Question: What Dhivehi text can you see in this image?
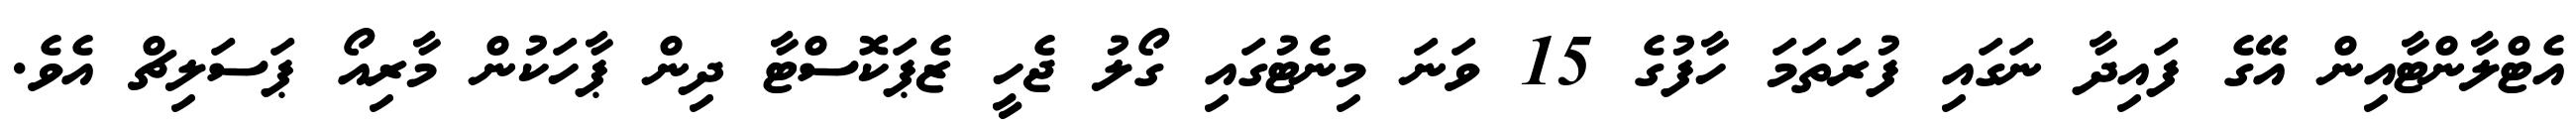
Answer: އެޓްލާންޓާއިން އޭގެ ފައިދާ ނަގައި ފުރަތަމަ ހާފުގެ 15 ވަނަ މިނެޓުގައި ގޯލު ޖެހީ ޒެޕަކޮސްޓާ ދިން ޕާހަކުން މާރިއޯ ޕަސަލިޗް އެވެ.